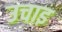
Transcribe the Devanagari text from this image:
उचाइ